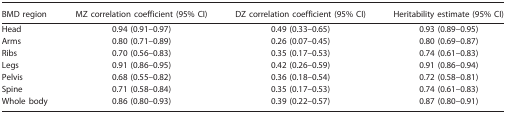
<table><thead><tr><td><b>BMD region</b></td><td><b>MZ correlation coefficient (95% CI)</b></td><td><b>DZ correlation coefficient (95% CI)</b></td><td><b>Heritability estimate (95% CI)</b></td></tr></thead><tbody><tr><td>Head</td><td>0.94 (0.91–0.97)</td><td>0.49 (0.33–0.65)</td><td>0.93 (0.89–0.95)</td></tr><tr><td>Arms</td><td>0.80 (0.71–0.89)</td><td>0.26 (0.07–0.45)</td><td>0.80 (0.69–0.87)</td></tr><tr><td>Ribs</td><td>0.70 (0.56–0.83)</td><td>0.35 (0.17–0.53)</td><td>0.74 (0.61–0.83)</td></tr><tr><td>Legs</td><td>0.91 (0.86–0.95)</td><td>0.42 (0.26–0.59)</td><td>0.91 (0.86–0.94)</td></tr><tr><td>Pelvis</td><td>0.68 (0.55–0.82)</td><td>0.36 (0.18–0.54)</td><td>0.72 (0.58–0.81)</td></tr><tr><td>Spine</td><td>0.71 (0.58–0.84)</td><td>0.35 (0.17–0.53)</td><td>0.74 (0.61–0.83)</td></tr><tr><td>Whole body</td><td>0.86 (0.80–0.93)</td><td>0.39 (0.22–0.57)</td><td>0.87 (0.80–0.91)</td></tr></tbody></table>